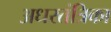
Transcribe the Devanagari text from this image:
अधरतंत्रिका